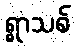
ရွာသစ်